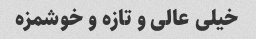
خیلی عالی و تازه و خوشمزه